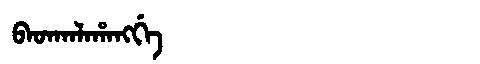
Manchu: ᠪᠠᡨᡴᠠᠯᠠᡥᠠᠩᡤᡝ
Romanization: BATKALAHANGGE